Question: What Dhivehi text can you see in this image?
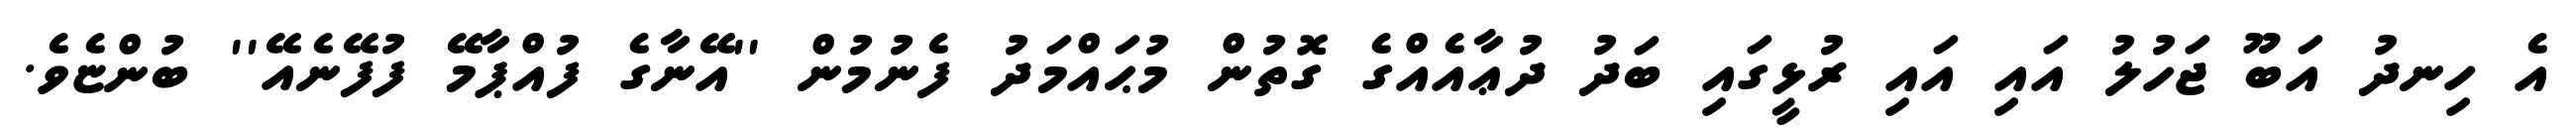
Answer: އެ ހިނދު އަބޫ ޖަހުލު އައި އައި ރުޅީގައި ބަދު ދުޢާއެއްގެ ގޮތުން މުޙައްމަދު ފެނުމުން ''އޭނާގެ ފުއްޕާމޭ ފުފޭނެއޭ'' ބުންޏެވެ.